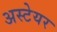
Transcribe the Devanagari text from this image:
अस्टेयर